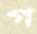
গ